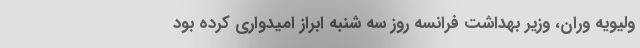
ولیویه وران، وزیر بهداشت فرانسه روز سه شنبه ابراز امیدواری کرده بود